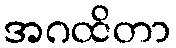
အဂထိတာ